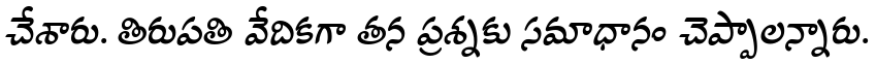
చేశారు. తిరుపతి వేదికగా తన ప్రశ్నకు సమాధానం చెప్పాలన్నారు.